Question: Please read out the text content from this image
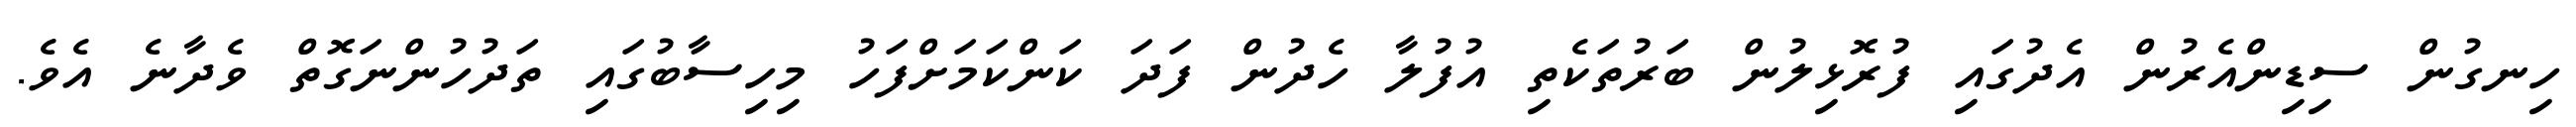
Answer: ހިނގުން ސިޑިންއެރުން އެދުގައި ފުރޮޅިލުން ބަރުތަކެތި އުފުލާ ހެދުން ފަދަ ކަންކަމަށްފަހު މިހިސާބުގައި ތަދުހުންނަގޮތް ވެދާނެ އެވެ.